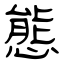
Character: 態